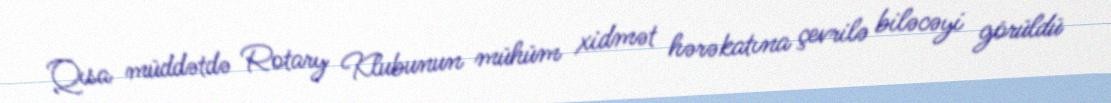
Qısa müddətdə Rotary Klubunun mühüm xidmət hərəkatına çevrilə biləcəyi görüldü